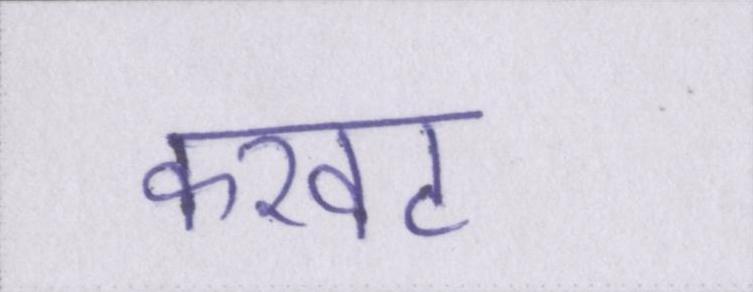
करवट